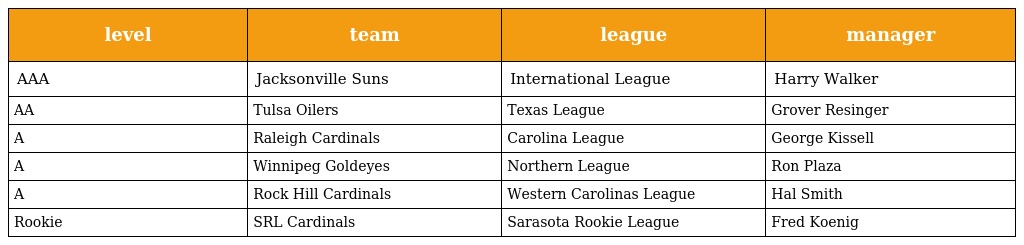
| level | team | league | manager |
 | --- | --- | --- | --- |
 | AAA | Jacksonville Suns | International League | Harry Walker |
 | AA | Tulsa Oilers | Texas League | Grover Resinger |
 | A | Raleigh Cardinals | Carolina League | George Kissell |
 | A | Winnipeg Goldeyes | Northern League | Ron Plaza |
 | A | Rock Hill Cardinals | Western Carolinas League | Hal Smith |
 | Rookie | SRL Cardinals | Sarasota Rookie League | Fred Koenig |